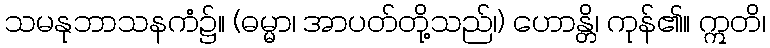
သမနုဘာသနကံ၌။ (ဓမ္မာ၊ အာပတ်တို့သည်၊) ဟောန္တိ၊ ကုန်၏။ ဣတိ၊